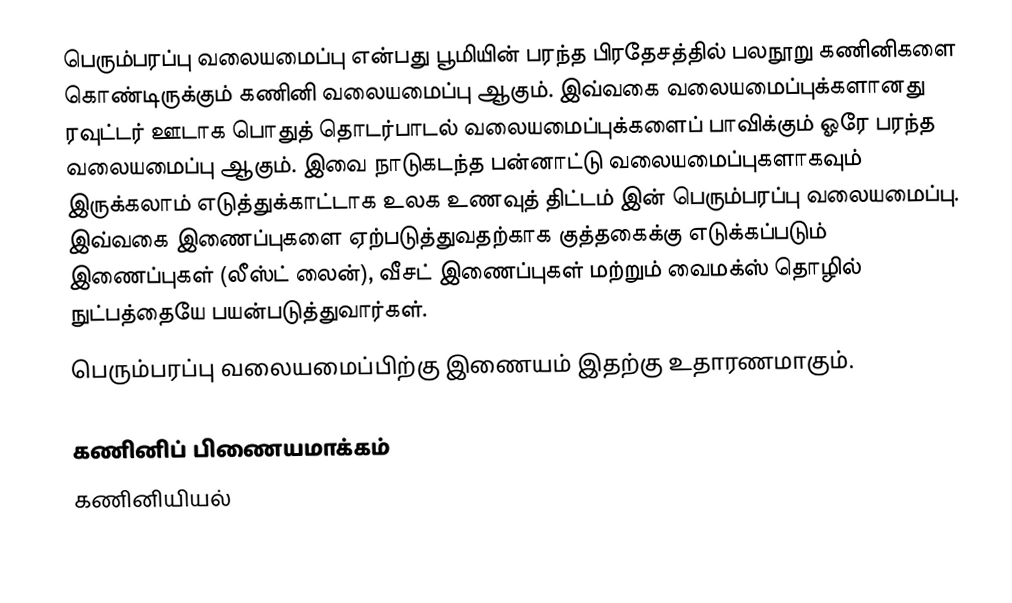
பெரும்பரப்பு வலையமைப்பு என்பது பூமியின் பரந்த பிரதேசத்தில் பலநூறு கணினிகளை கொண்டிருக்கும் கணினி வலையமைப்பு ஆகும். இவ்வகை வலையமைப்புக்களானது ரவுட்டர் ஊடாக பொதுத் தொடர்பாடல் வலையமைப்புக்களைப் பாவிக்கும் ஓரே பரந்த வலையமைப்பு ஆகும். இவை நாடுகடந்த பன்னாட்டு வலையமைப்புகளாகவும் இருக்கலாம் எடுத்துக்காட்டாக உலக உணவுத் திட்டம் இன் பெரும்பரப்பு வலையமைப்பு. இவ்வகை இணைப்புகளை ஏற்படுத்துவதற்காக குத்தகைக்கு எடுக்கப்படும் இணைப்புகள் (லீஸ்ட் லைன்), வீசட் இணைப்புகள் மற்றும் வைமக்ஸ் தொழில் நுட்பத்தையே பயன்படுத்துவார்கள்.
பெரும்பரப்பு வலையமைப்பிற்கு இணையம் இதற்கு உதாரணமாகும்.

கணினிப் பிணையமாக்கம்
கணினியியல்